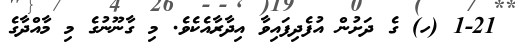
1-21 (ހ) ގެ ދަށުން އުފެދިފައިވާ އިދާރާއެކެވެ. މި ގާނޫނުގެ މި މާއްދާގެ